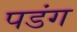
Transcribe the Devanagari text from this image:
पडंग